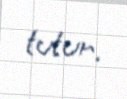
tutur.